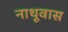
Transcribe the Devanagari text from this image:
नाथूवास